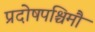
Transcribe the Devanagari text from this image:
प्रदोषपश्चिमौ